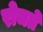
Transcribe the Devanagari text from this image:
रोचते